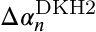
\Delta \alpha _ { n } ^ { \mathrm { D K H 2 } }